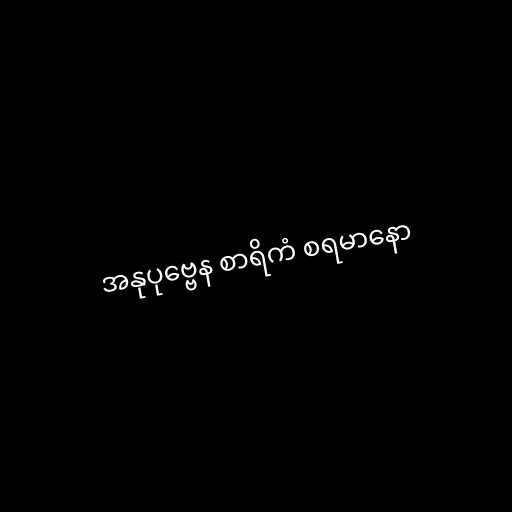
အနုပုဗ္ဗေန စာရိကံ စရမာနော